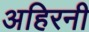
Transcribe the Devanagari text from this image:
अहिरनी